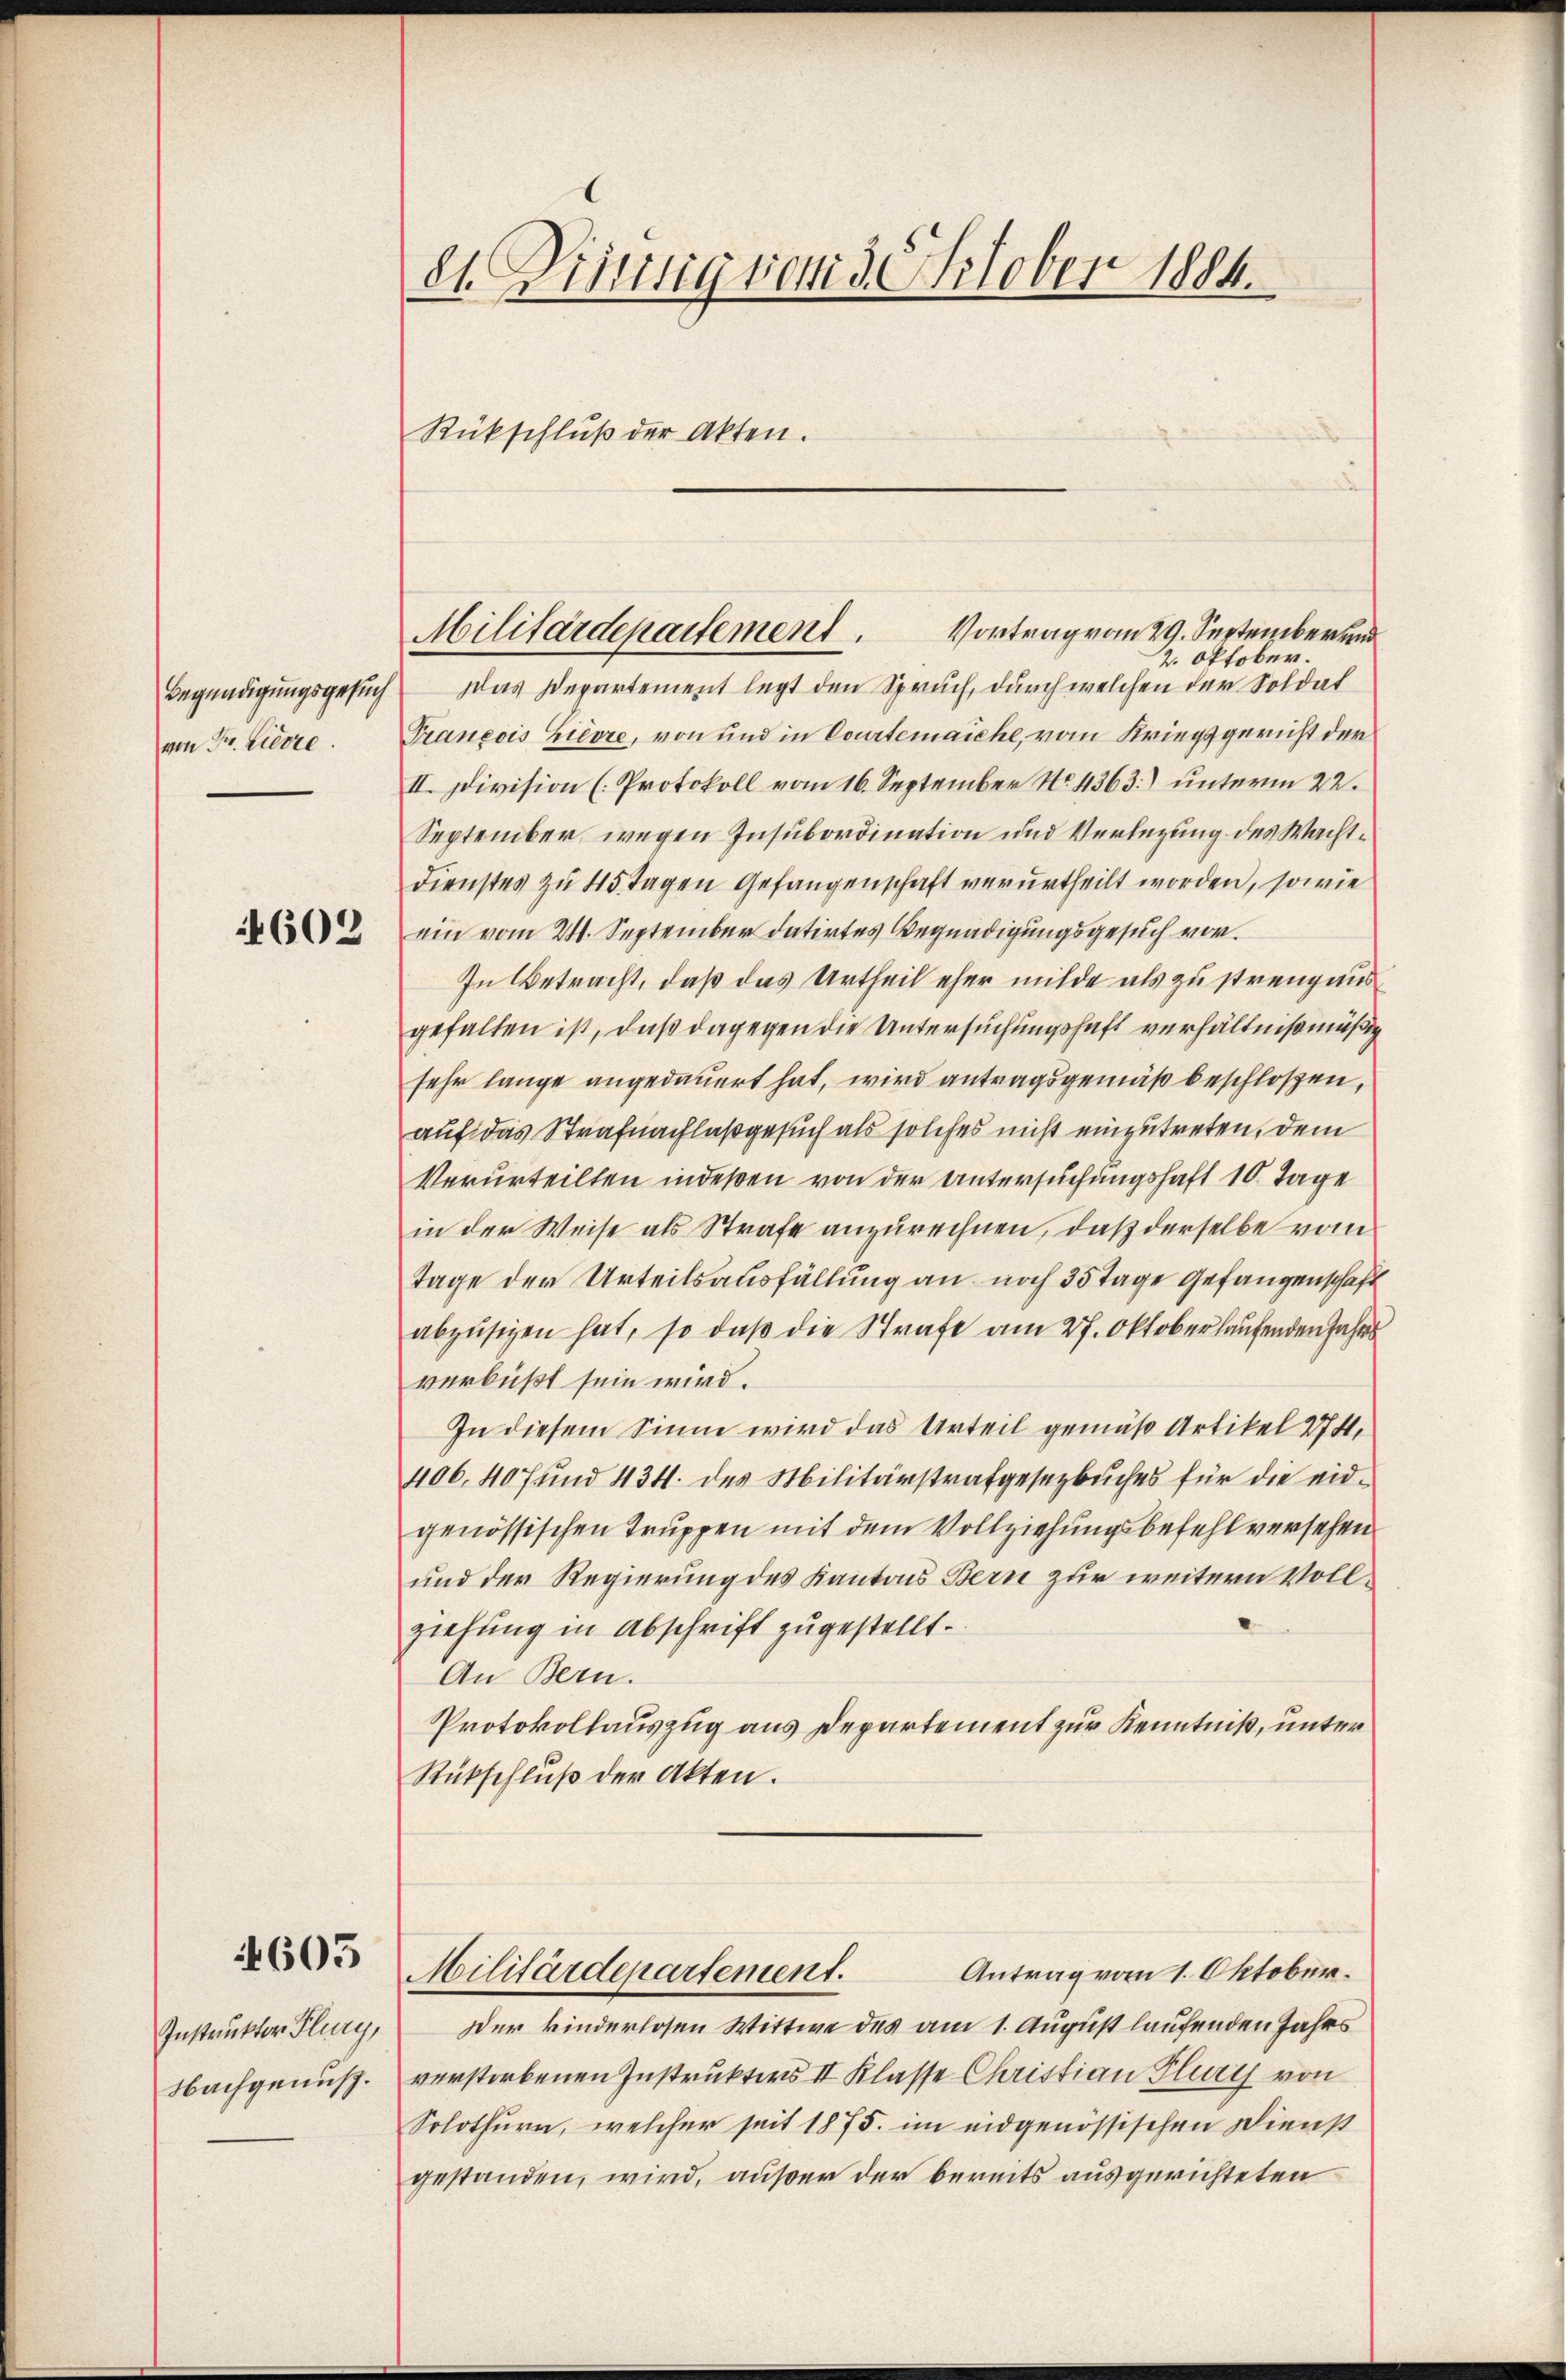
Begnadigungsgesuch
von Fr. Zierre.

4602

4605

Nachgenus.

81. Diesig vom 3. October 1884.
Rückschluß der Akten.

Militärdepartement.

Vortrag vom 29. September und
2. Oktober.
Das Departement legt den Spruch, durch welchen der Soldat
Traneois Lievre, von und in Courtenaiche, vom Kriegsgericht der
II. Division (Protokoll vom 16. September No. 4363) unterm 22.
September, wegen Insubordination und Verlegung des Wachtdienstes zu 45 Tagen Gefangenschaft verurtheilt worden, sowie
ein vom 24. September datirtes Begnadigungsgesuch vor.
In Betracht, daß das Urtheil eher milde als zu strengaus
gefalten ist, daß dagegen die Untersuchungshaft verhältnißmäßig
sehr lange angedauert hat, wird antragsgemäß beschlossen,
auf das Strafnachlaß gesuch als solches nicht einzutreten, dem
Verurteilten indeßen von der Untersuchungshaft 10. Tage
in der Weise als Strafe anzurechnen, daß derselbe vom
Tage der Urteilsausfällung an noch 35 Tage Gefangenschaft
abzŭsizen hat, so daβ die Strafe am 27. Oktoberlaufenden Jahrs
verbüßt sein wird.
In diesem Sinne wird das Urteil gemäß Artikel 274.
406. 407 und 434. des Militärstrafgesetzbuches für die eidgenössischen Truppen mit dem Vollziehungsbefehl versehen
und der Regierung des Kantons Bern zur weitern Vollziehung in Abschrift zugestellt.
An Bern.
Protokollauszug aus Departement zur Kenntniß, unter
Rückschlŭβ der Akten.
Militärdepartement. Antrag vom 1. Oktober.
Instruktor Flury, Der kinderlosen Wittwe des am 1. August laufenden Jahrs
verstorbenen Instrukters II Klasse Christian Flury von
Solothurn, welcher seit 1875. im eidgenössischen Dienst
gestanden, wird, außer der bereits ausgerichteten